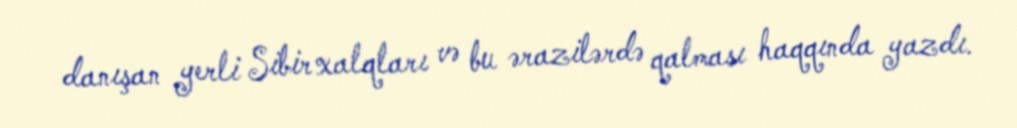
danışan yerli Sibir xalqları və bu ərazilərdə qalması haqqında yazdı.